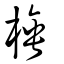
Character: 棰